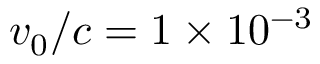
v _ { 0 } / c = 1 \times 1 0 ^ { - 3 }